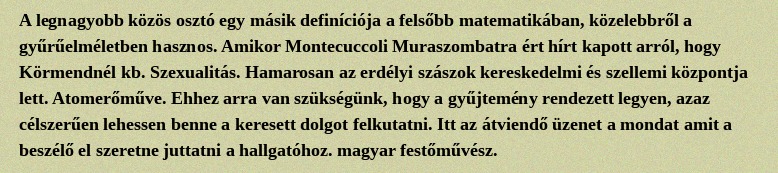
A legnagyobb közös osztó egy másik definíciója a felsőbb matematikában, közelebbről a gyűrűelméletben hasznos. Amikor Montecuccoli Muraszombatra ért hírt kapott arról, hogy Körmendnél kb. Szexualitás. Hamarosan az erdélyi szászok kereskedelmi és szellemi központja lett. Atomerőműve. Ehhez arra van szükségünk, hogy a gyűjtemény rendezett legyen, azaz célszerűen lehessen benne a keresett dolgot felkutatni. Itt az átviendő üzenet a mondat amit a beszélő el szeretne juttatni a hallgatóhoz. magyar festőművész.